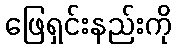
ဖြေရှင်းနည်းကို